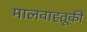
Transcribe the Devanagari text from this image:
मालवाहतूकी